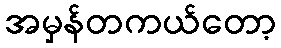
အမှန်တကယ်တော့